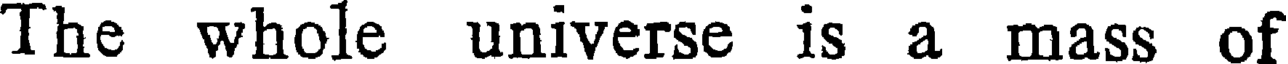
The whole universe is a mass of